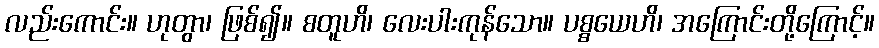
လည်းကောင်း။ ဟုတွာ၊ ဖြစ်၍။ စတူဟိ၊ လေးပါးကုန်သော။ ပစ္စယေဟိ၊ အကြောင်းတို့ကြောင့်။